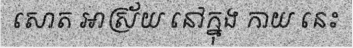
សោត អាស្រ័យ នៅក្នុង កាយ នេះ